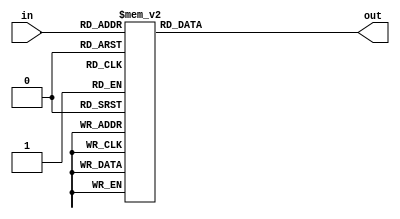
module decoder_time(in, out);

	input [2:0] in;
	output reg [7:0] out;

	always @(*)
	begin
		case(in)
			3'b000: out = 8'b0000_0001;
			3'b001: out = 8'b0000_0010;
			3'b010: out = 8'b0000_0100;
			3'b011: out = 8'b0000_1000;
			3'b100: out = 8'b0001_0000;
			3'b101: out = 8'b0010_0000;
			3'b110: out = 8'b0100_0000;
			3'b111: out = 8'b1000_0000;
			default: out = 8'b0000_0000;
		endcase
	end
	
endmodule